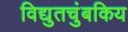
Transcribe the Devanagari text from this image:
विद्युतचुंबकिय